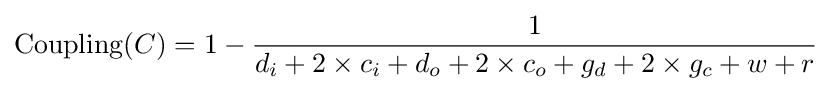
\mathrm {Coupling} (C)=1-{\frac {1}{d_{i}+2\times c_{i}+d_{o}+2\times c_{o}+g_{d}+2\times g_{c}+w+r}}